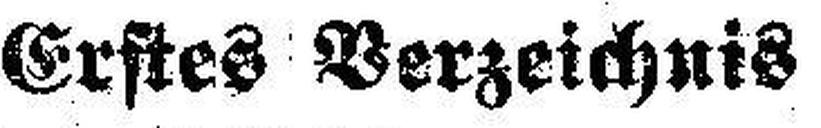
Erstes Verzeichnis